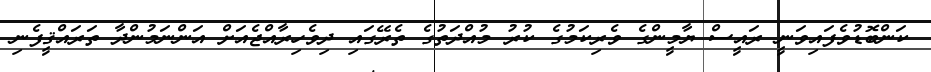
ކަންބޮޑުވެފައިވަނީ ރައީސް ޔާމީންގެ ވެރިކަމުގެ ކުރު މުއްދަތުގެ ތެރޭގައި ދިވެހިރާއްޖެއަށް އަންނަމުންދާ ތަރައްޤީފެނި